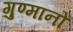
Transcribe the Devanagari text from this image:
गुण्मानों